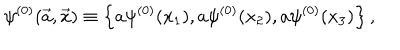
LaTeX: \psi ^ { ( 0 ) } ( \vec { a } , \vec { x } ) \equiv \left\{ a \psi ^ { ( 0 ) } ( x _ { 1 } ) , a \psi ^ { ( 0 ) } ( x _ { 2 } ) , a \psi ^ { ( 0 ) } ( x _ { 3 } ) \right\} ,